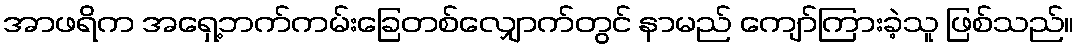
အာဖရိက အရှေ့ဘက်ကမ်းခြေတစ်လျှောက်တွင် နာမည် ကျော်ကြားခဲ့သူ ဖြစ်သည်။